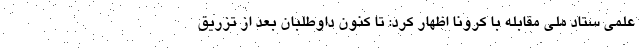
علمی ستاد ملی مقابله با کرونا اظهار کرد: تا کنون داوطلبان بعد از تزریق